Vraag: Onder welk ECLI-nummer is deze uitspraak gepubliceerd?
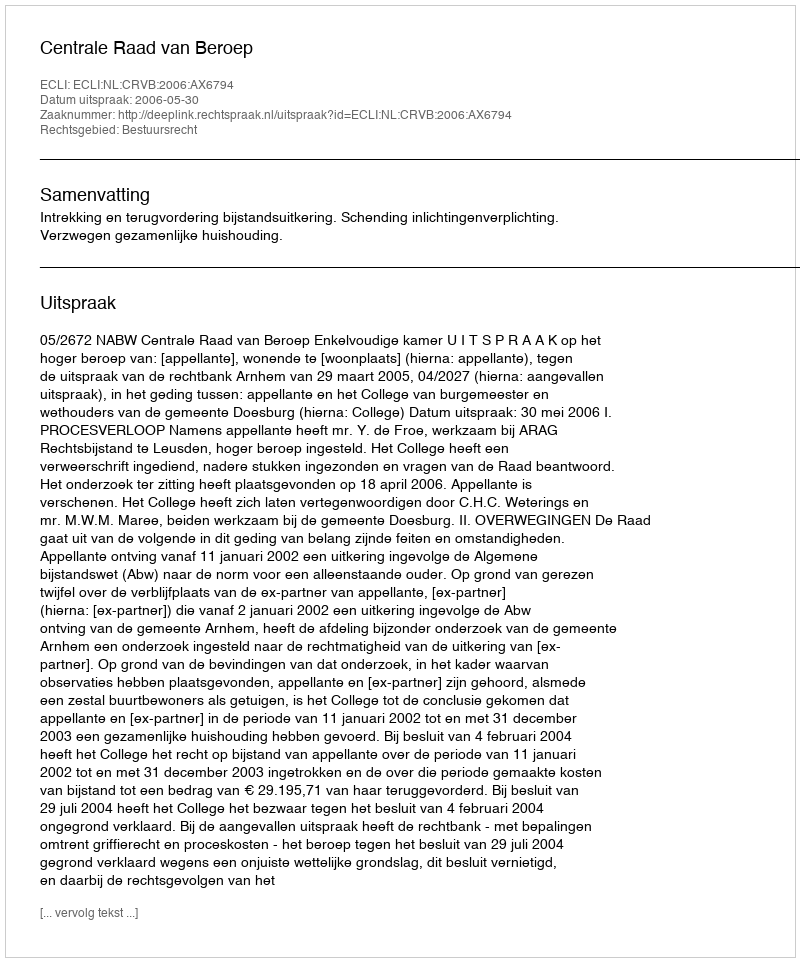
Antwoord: ECLI:NL:CRVB:2006:AX6794